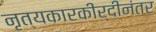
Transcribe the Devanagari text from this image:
नृत्यकारकीर्दीनंतर